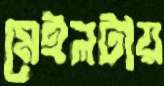
মেইলটায়